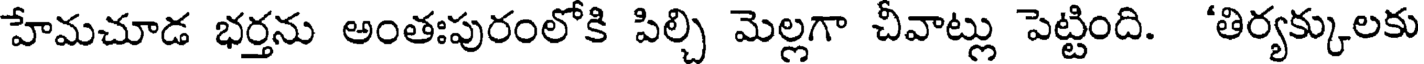
హేమచూడ భర్తను అంతఃపురంలోకి పిల్చి మెల్లగా చీవాట్లు పెట్టింది. 'తిర్యక్కులకు